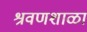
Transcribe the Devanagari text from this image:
श्रवणशाळा